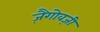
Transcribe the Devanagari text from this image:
ज़ैगोवज़ी